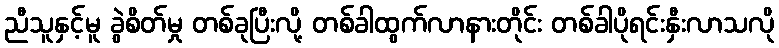
ညီသူနှင့်မူ ခွဲစိတ်မှု တစ်ခုပြီးလို့ တစ်ခါထွက်လာနားတိုင်း တစ်ခါပိုရင်းနှီးလာသလို